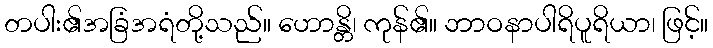
တပါး၏အခြံအရံတို့သည်။ ဟောန္တိ၊ ကုန်၏။ ဘာဝနာပါရိပူရိယာ၊ ဖြင့်။